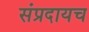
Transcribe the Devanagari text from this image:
संप्रदायच